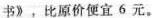
书》，比原价便宜6元。